Annual report of the Punjab Veterinary College and of the Civil Veterinary Department, Punjab - 1920-1925
Year: 1920
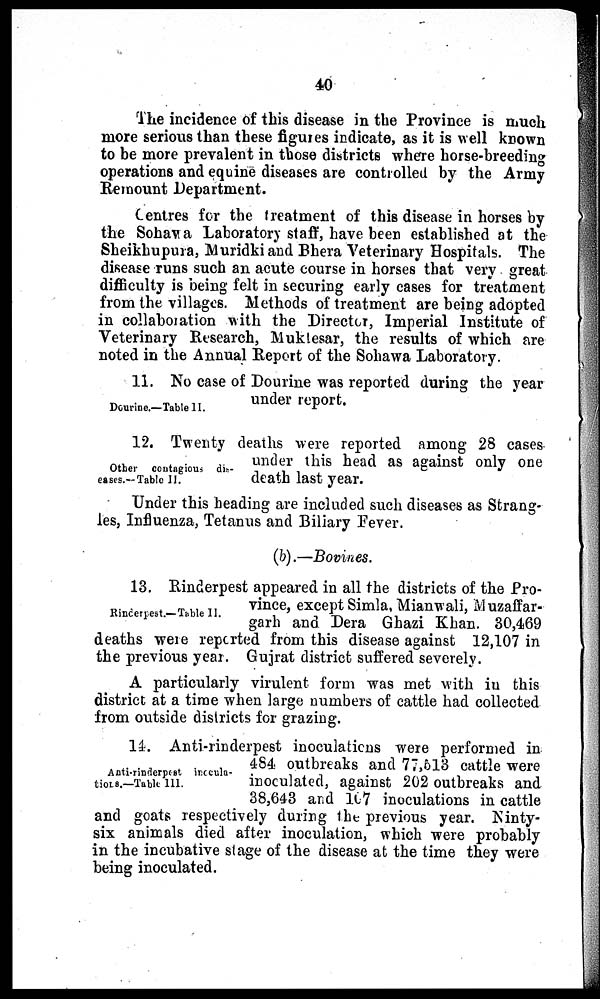
40
The incidence of this disease in the Province is much
more serious than these figures indicate, as it is well known
to be more prevalent in those districts where horse-breeding
operations and equine diseases are controlled by the Army
Remount Department.
Centres for the treatment of this disease in horses by
the Sohawa Laboratory staff, have been established at the
Sheikhupura, Muridki and Bhera Veterinary Hospitals. The
disease runs such an acute course in horses that very great
difficulty is being felt in securing early cases for treatment
from the villages. Methods of treatment are being adopted
in collaboration with the Director, Imperial Institute of
Veterinary Research, Muktesar, the results of which are
noted in the Annual Report of the Sohawa Laboratory.
Dourine.—Table II.
11. No case of Dourine was reported during the year
under report.
Other contagious dis-
eases.—Table II.
12. Twenty deaths were reported among 28 cases
under this head as against only one
death last year.
Under this heading are included such diseases as Strang-
les, Influenza, Tetanus and Biliary Fever.
(b).—Bovines.
Rinderpest.— Table II.
13. Rinderpest appeared in all the districts of the Pro-
vince, except Simla, Mianwali, Muzaffar-
garh and Dera Ghazi Khan. 30,469
deaths were reported from this disease against 12,107 in
the previous year. Gujrat district suffered severely.
A particularly virulent form was met with in this
district at a time when large numbers of cattle had collected
from outside districts for grazing.
Anti-rinderpest inocula-
tions.—Table III.
14. Anti-rinderpest inoculations were performed in
484 outbreaks and 77,513 cattle were
inoculated, against 202 outbreaks and
38,643 and 167 inoculations in cattle
and goats respectively during the previous year. Ninty-
six animals died after inoculation, which were probably
in the incubative stage of the disease at the time they were
being inoculated.